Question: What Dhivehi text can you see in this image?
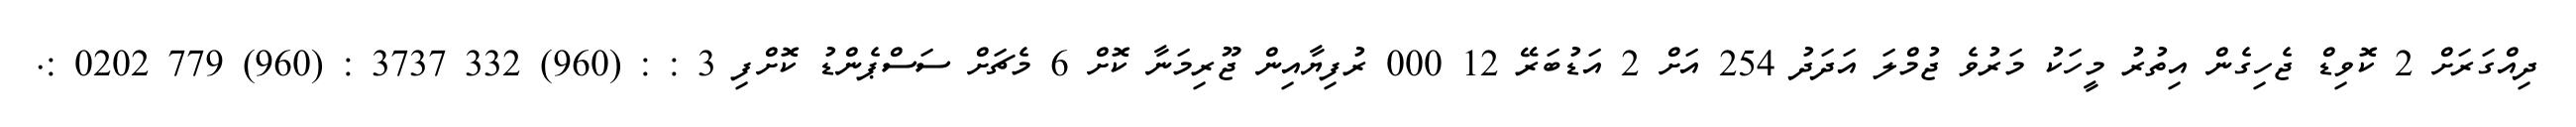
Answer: ދިއްގަރަށް 2 ކޮވިޑް ޖެހިގެން އިތުރު މީހަކު މަރުވެ ޖުމްލަ އަދަދު 254 އަށް 2 އަޑުބަރޭ 12 000 ރުފިޔާއިން ޖޫރިމަނާ ކޮށް 6 މެޗަށް ސަސްޕެންޑު ކޮށްފި 3 : : (960) 332 3737 : (960) 779 0202 :.